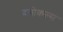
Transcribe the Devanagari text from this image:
दमोकल्स